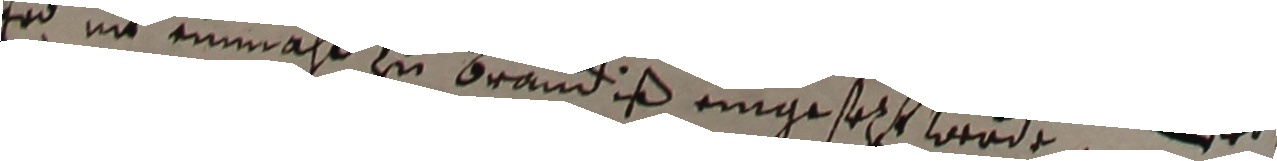
Er nit einmahl zu brandiß eingesezt werde Wrd